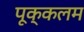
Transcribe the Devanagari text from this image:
पूक्कलम